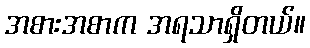
အစားအစာက အရသာရှိတယ်။